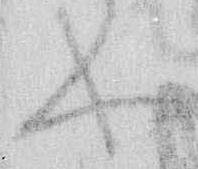
や